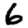
Digit: 6